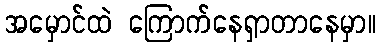
အမှောင်ထဲ ကြောက်နေရှာတာနေမှာ။